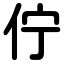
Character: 佇